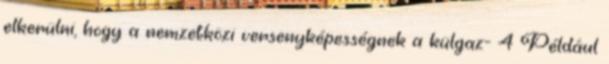
elkerülni, hogy a nemzetközi versenyképességnek a külgaz- 4 Például